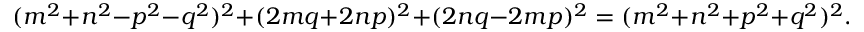
( m ^ { 2 } + n ^ { 2 } - p ^ { 2 } - q ^ { 2 } ) ^ { 2 } + ( 2 m q + 2 n p ) ^ { 2 } + ( 2 n q - 2 m p ) ^ { 2 } = ( m ^ { 2 } + n ^ { 2 } + p ^ { 2 } + q ^ { 2 } ) ^ { 2 } .